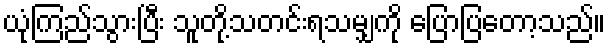
ယုံကြည်သွားပြီး သူတို့သတင်းရသမျှကို ပြောပြတော့သည်။